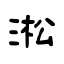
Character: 淞